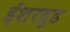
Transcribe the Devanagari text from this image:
ईशरवुड